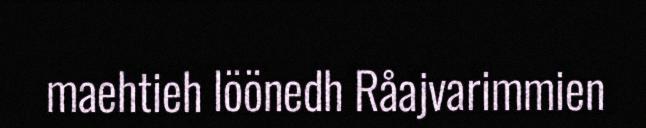
maehtieh löönedh Råajvarimmien